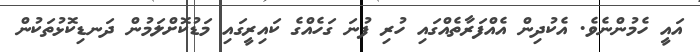
އައީ ހެމުންނެވެ. އެކުދިން އެއްފަރާތެއްގައި ހުރި ފުނަ ގަހެއްގެ ކައިރީގައި މަޑުކޮށްލަމުން ދަނޑިކޮޅުތަކުން